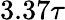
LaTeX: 3.37\tau